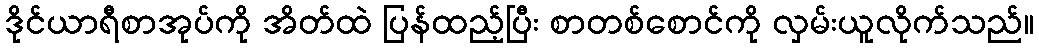
ဒိုင်ယာရီစာအုပ်ကို အိတ်ထဲ ပြန်ထည့်ပြီး စာတစ်စောင်ကို လှမ်းယူလိုက်သည်။